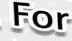
For